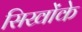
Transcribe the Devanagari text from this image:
सिखोंके